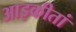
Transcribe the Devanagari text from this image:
आइकीतां